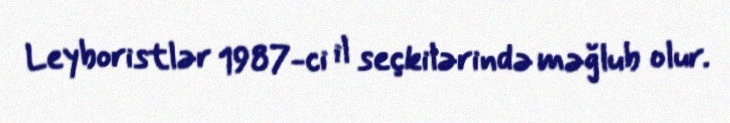
Leyboristlər 1987-ci il seçkilərində məğlub olur.